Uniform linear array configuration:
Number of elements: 4
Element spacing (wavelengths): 1
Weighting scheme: hann
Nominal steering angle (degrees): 45
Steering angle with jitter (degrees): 46.144
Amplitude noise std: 0.05
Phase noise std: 0.05

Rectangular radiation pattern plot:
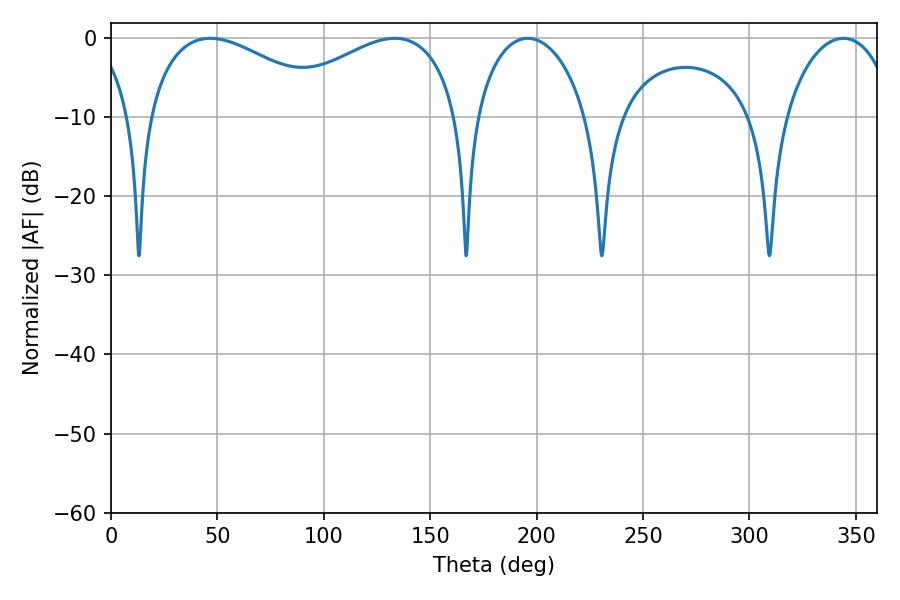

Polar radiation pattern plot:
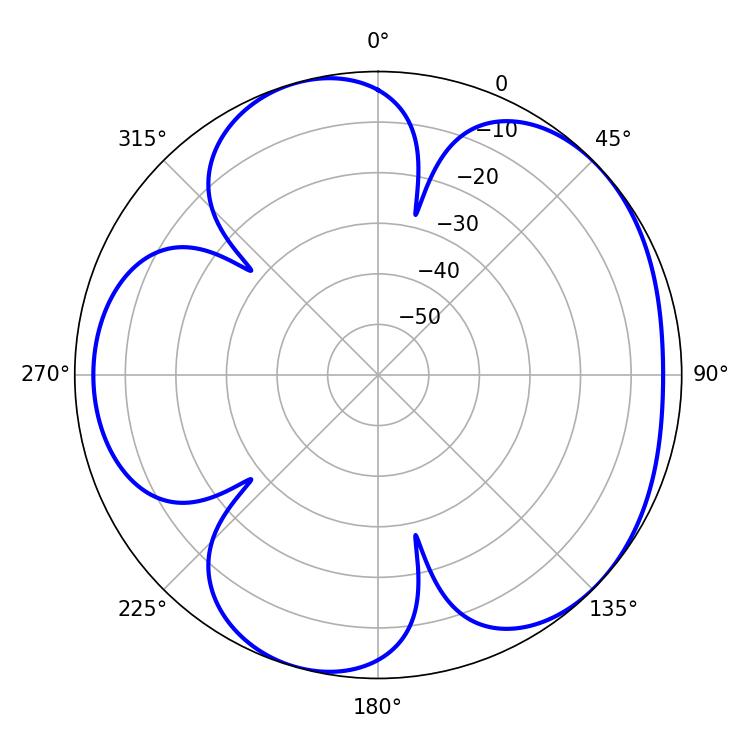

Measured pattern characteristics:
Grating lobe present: TRUE
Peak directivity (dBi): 4.821
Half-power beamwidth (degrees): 30.06
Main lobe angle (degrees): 195.84